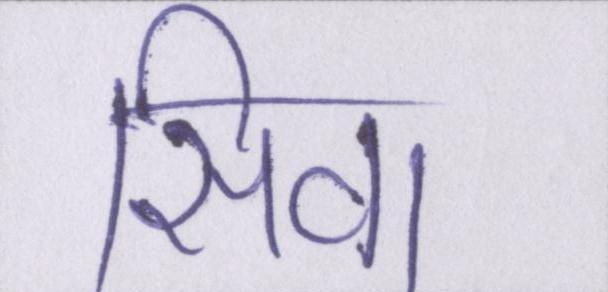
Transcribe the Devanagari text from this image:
सिवा